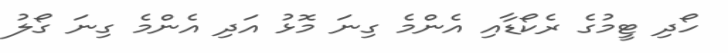
ހޯދި ޓީމުގެ ރެކޯޑާއި އެންމެ ގިނަ މޮޅު އަދި އެންމެ ގިނަ ގޯލު